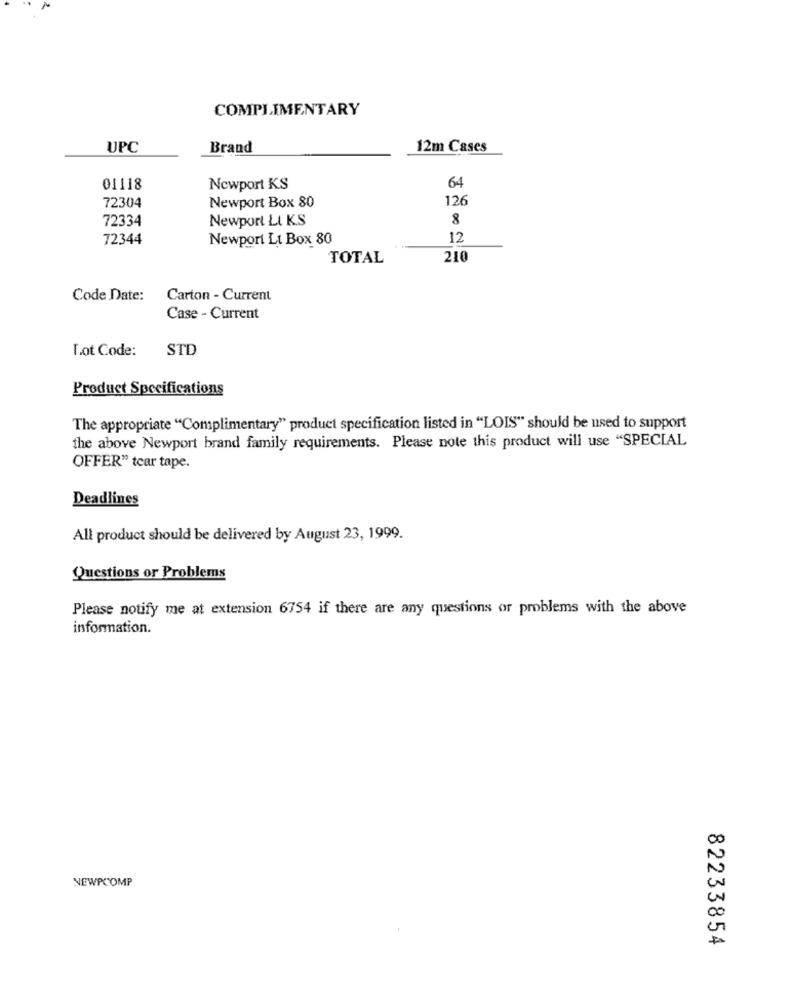
COMPLIMENTARY
UPC
Brand
12m Cases
64
01118
Newport KS
72304
126
Newport Box 80
72334
Newport LI KS
8
72344
Newport Lt Box 80
12
TOTAL
210
Code Date:
Carton - Current
Case - Current
Tot Code:
STD
Product Specifications
The appropriate "Complimentary" product specification listed in "LOIS" should be used to support
the above Newport brand family requirements. Please note this product will use "SPECIAL
OFFER" tcar tape.
Deadlines
All product should be delivered by August 23, 1999.
Questions or Problems
Please notify me at extension 6754 if there are any questions or problems with the above
information.
NEWPCOMP
82233854